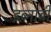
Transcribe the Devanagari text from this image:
इब्नाबी